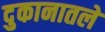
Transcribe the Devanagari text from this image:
दुकानातले